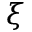
\xi